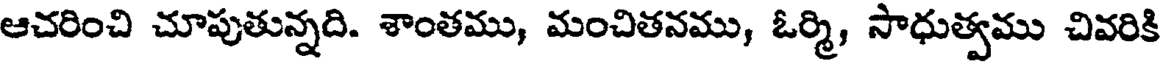
ఆచరించి చూపుతున్నది. శాంతము, మంచితనము, ఓర్మి, సాధుత్వము చివరికి